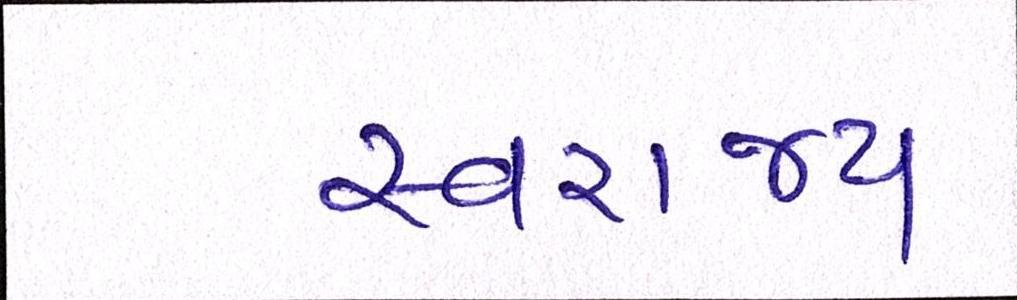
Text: સ્વરાજ્ય